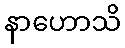
နာဟောသိ